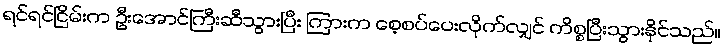
ရင်ရင်ငြိမ်းက ဦးအောင်ကြီးဆီသွားပြီး ကြားက စေ့စပ်ပေးလိုက်လျှင် ကိစ္စပြီးသွားနိုင်သည်။